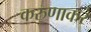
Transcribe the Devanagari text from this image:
करुणाकरं